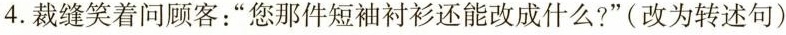
4.裁缝笑着问顾客：”您那件短袖衬衫还能改成什么?”(改为转述句)